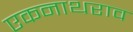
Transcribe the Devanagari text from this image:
एकनाथराव